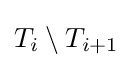
T_{i}\setminus T_{i+1}